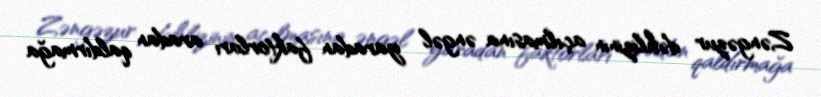
Zəngəzur dəhlizinin açılmasına əngəl yaradan faktorları aradan qaldırmağa